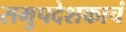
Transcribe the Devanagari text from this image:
समुपदेशकाचं